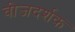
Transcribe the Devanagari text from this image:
बीजदर्शक